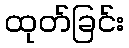
ထုတ်ခြင်း